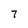
Character: 7